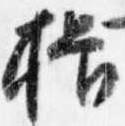
揖